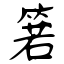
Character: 箬